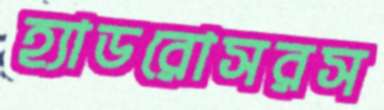
হ্যাডরোসরস